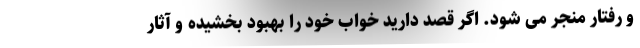
و رفتار منجر می شود. اگر قصد دارید خواب خود را بهبود بخشیده و آثار